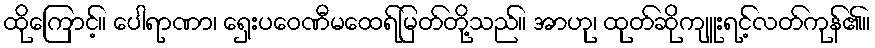
ထိုကြောင့်။ ပေါရာဏာ၊ ရှေးပဝေဏီမထေရ်မြတ်တို့သည်။ အာဟု၊ ထုတ်ဆိုကျူးရင့်လတ်ကုန်၏။